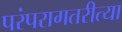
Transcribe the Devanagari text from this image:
परंपरागतरीत्या